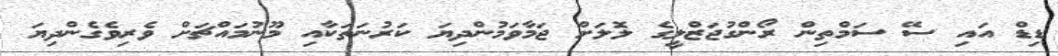
ޑިޑް އައި ސޭ ސަމްތިން ރޯންގުޖަޒްލީގެ ލޮލަށް ޖަމާވަމުންދިޔަ ކަރުނަތަކާއި މޫނުމައްޗަށް ވެރިވެގެންދިޔަ